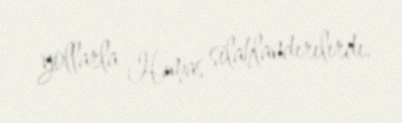
yollarla Həmas silahlandırılırdı.